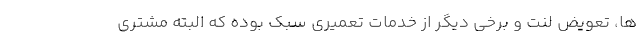
ها، تعویض لنت و برخی دیگر از خدمات تعمیری سبک بوده که البته مشتری